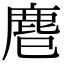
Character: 𪊍